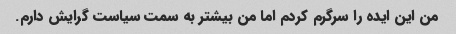
من این ایده را سرگرم کردم اما من بیشتر به سمت سیاست گرایش دارم.